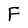
Character: F